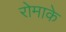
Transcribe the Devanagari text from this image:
रोमाके